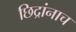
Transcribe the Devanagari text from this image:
छिद्रांनाच